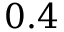
0 . 4